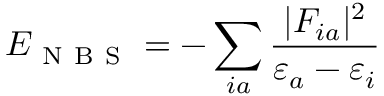
E _ { \mathrm { ~ N ~ B ~ S ~ } } = - \sum _ { i a } \frac { | F _ { i a } | ^ { 2 } } { \varepsilon _ { a } - \varepsilon _ { i } }